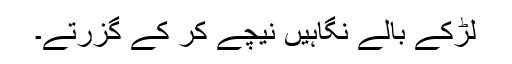
لڑکے بالے نگاہیں نیچے کر کے گزرتے۔